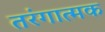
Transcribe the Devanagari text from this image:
तरंगात्मक